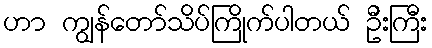
ဟာ ကျွန်တော်သိပ်ကြိုက်ပါတယ် ဦးကြီး